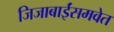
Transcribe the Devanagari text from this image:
जिजाबाईंसमवेत